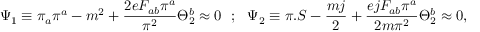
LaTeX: \Psi _ { 1 } \equiv \pi _ { a } \pi ^ { a } - m ^ { 2 } + { \frac { 2 e F _ { a b } \pi ^ { a } } { \pi ^ { 2 } } } \Theta _ { 2 } ^ { b } \approx 0 ~ ~ ; ~ ~ \Psi _ { 2 } \equiv \pi . S - { \frac { m j } { 2 } } + { \frac { e j F _ { a b } \pi ^ { a } } { 2 m \pi ^ { 2 } } } \Theta _ { 2 } ^ { b } \approx 0 ,